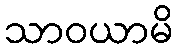
သာဝယာမိ